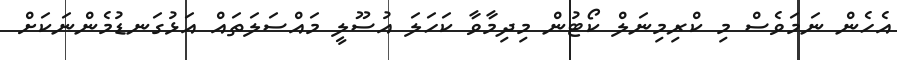
އެހެން ނަމަވެސް މި ކްރިމިނަލް ކޯޓުން މިދިމާވާ ކަހަލަ އުސޫލީ މައްސަލަތައް އަޅުގަނޑުމެންނަކަށް